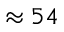
\approx 5 4